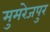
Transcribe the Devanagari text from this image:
मुमरेजपुर